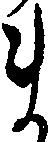
ま